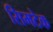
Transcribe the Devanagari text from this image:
सिमटेक